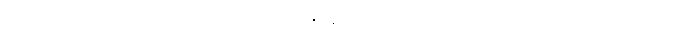
တကယ်က ဒီသံအဖွဲ့ဟာ တရုတ် ဧကရာဇ် ချင်းလုံဆီက လွှတ်တယ်ဆိုတဲ့ သံအဖွဲ့အပြန်မှာ